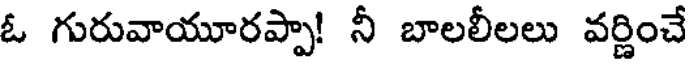
ఓ గురువాయూరప్పా! నీ బాలలీలలు వర్ణించే